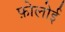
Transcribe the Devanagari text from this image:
फ़ोलोई